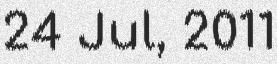
24 Jul, 2011